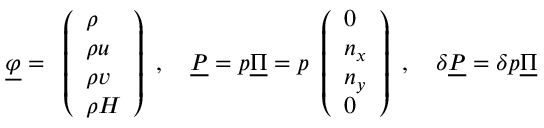
\underline { { \varphi } } = \begin{array} { l } { \left( \begin{array} { l } { \rho } \\ { \rho u } \\ { \rho v } \\ { \rho H } \end{array} \right) } \end{array} , \quad \underline { { P } } = p \underline { { \Pi } } = p \begin{array} { l } { \left( \begin{array} { l } { 0 } \\ { n _ { x } } \\ { n _ { y } } \\ { 0 } \end{array} \right) } \end{array} , \quad \delta \underline { { P } } = \delta p \underline { { \Pi } }